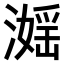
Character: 𣽮